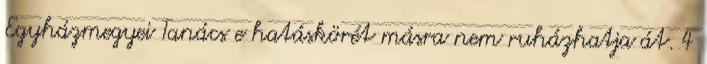
Egyházmegyei Tanács e hatáskörét másra nem ruházhatja át. 4